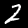
Label: 2